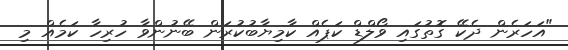
"އަހަރެން ދެކޭ ގޮތުގައި ވޯލްޑް ކަޕެއް ކާމިޔާބުކުރަން ބޭނުންވާ ހުރިހާ ކަމެއް މި